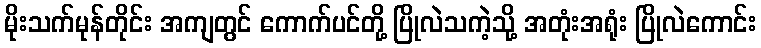
မိုးသက်မုန်တိုင်း အကျတွင် ကောက်ပင်တို့ ပြိုလဲသကဲ့သို့ အတုံးအရုံး ပြိုလဲကောင်း